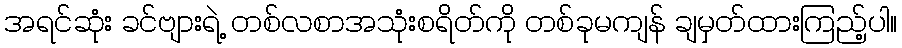
အရင်ဆုံး ခင်ဗျားရဲ့ တစ်လစာအသုံးစရိတ်ကို တစ်ခုမကျန် ချမှတ်ထားကြည့်ပါ။